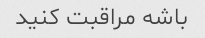
باشه مراقبت کنید